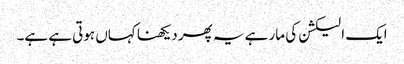
ایک الیکشن کی مار ہے یہ پھر دیکھنا کہاں ہوتی ہے ہے۔